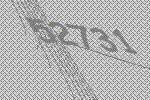
52731